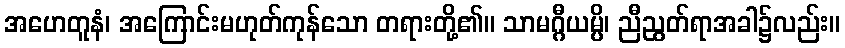
အဟေတူနံ၊ အကြောင်းမဟုတ်ကုန်သော တရားတို့၏။ သာမဂ္ဂီယမ္ပိ၊ ညီညွတ်ရာအခါ၌လည်း။